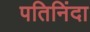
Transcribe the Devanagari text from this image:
पतिनिंदा